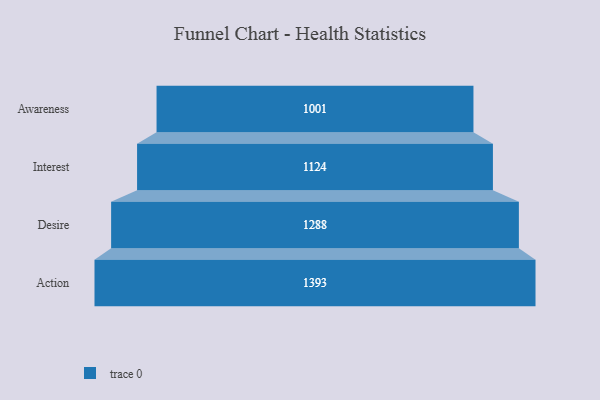
{"axis": {"x": "Stage", "y": "Value"}, "legend": [""], "data": [{"x": "Awareness", "y": 1001.0, "type": ""}, {"x": "Interest", "y": 1124.0, "type": ""}, {"x": "Desire", "y": 1288.0, "type": ""}, {"x": "Action", "y": 1393.0, "type": ""}]}